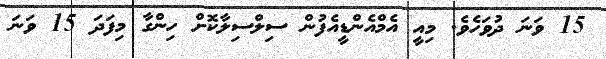
15 ވަނަ ދުވަހެވެ. މިއީ އެމްއެންޑީއެފުން ސިލްސިލާކޮށް ހިންގާ މިފަދަ 15 ވަނަ